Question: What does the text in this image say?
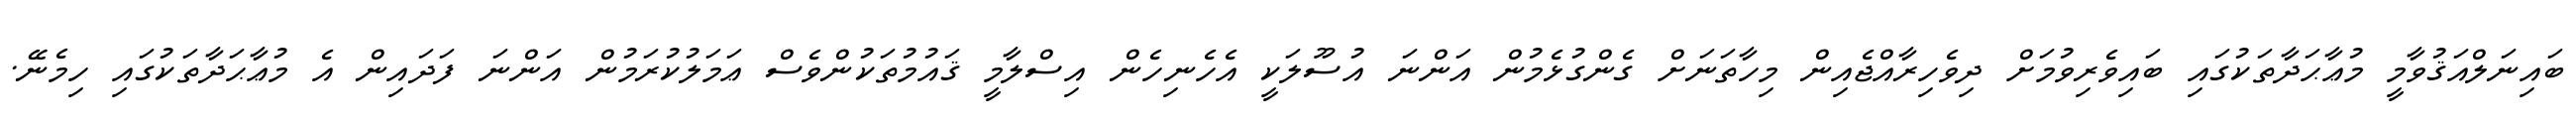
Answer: ބައިނަލްއަޤުވާމީ މުޢާޙަދާތަކުގައި ބައިވެރިވުމަށް ދިވެހިރާއްޖެއިން މިހާތަނަށް ގެންގުޅެމުން އަންނަ އުސޫލަކީ އެހެނިހެން އިސްލާމީ ޤައުމުތަކުންވެސް ޢަމަލުކުރަމުން އަންނަ ފަދައިން އެ މުޢާޙަދާތަކުގައި ހިމެނޭ.